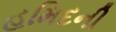
હમિદની